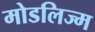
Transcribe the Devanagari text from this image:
मोडलिज्म